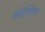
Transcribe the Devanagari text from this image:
अंब्रोसिया